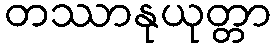
တဿာနုယုတ္တာ